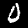
Digit: 0